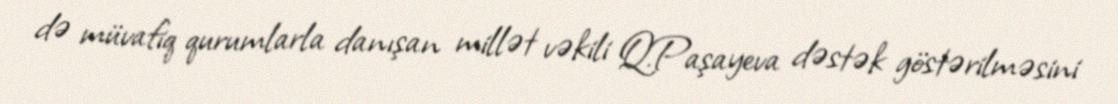
də müvafiq qurumlarla danışan millət vəkili Q.Paşayeva dəstək göstərilməsini